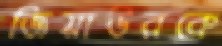
জিয়াউরকে